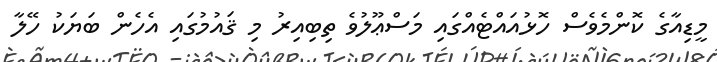
މީޑިއާގެ ކޮންމެވެސް ހޮޅުއައްޓެއްގައި މަސްޢޫލުވެ ތިބިއިރު މި ޤައުމުގައި އެހެން ބަޔަކު ހޭލާ